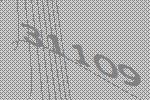
31109